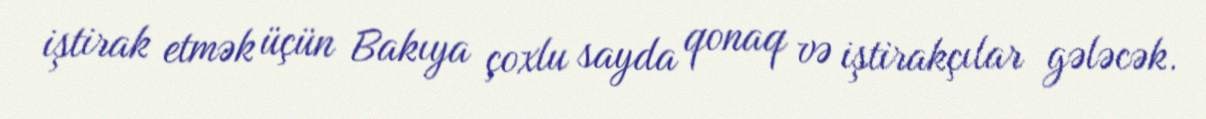
iştirak etmək üçün Bakıya çoxlu sayda qonaq və iştirakçılar gələcək.